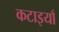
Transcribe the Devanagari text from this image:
कटाइयाँ